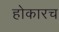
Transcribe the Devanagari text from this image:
होकारच